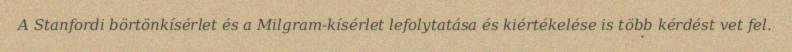
A Stanfordi börtönkísérlet és a Milgram-kísérlet lefolytatása és kiértékelése is több kérdést vet fel.